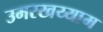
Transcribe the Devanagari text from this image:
उमरखय्याम